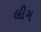
લીગ